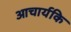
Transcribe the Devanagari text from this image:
आचार्यकि